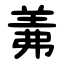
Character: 羛